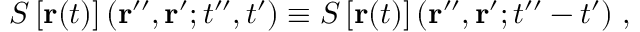
S \left[ { \bf r } ( t ) \right] ( { \bf r } ^ { \prime \prime } , { \bf r } ^ { \prime } ; t ^ { \prime \prime } , t ^ { \prime } ) \equiv S \left[ { \bf r } ( t ) \right] ( { \bf r } ^ { \prime \prime } , { \bf r } ^ { \prime } ; t ^ { \prime \prime } - t ^ { \prime } ) \; ,